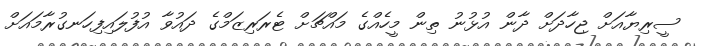
ސީރިޔާއަށް ޖިހާދަށް ދާން އުޅުނު ތިން މީހެއްގެ މައްޗަށް ޓެރަރިޒަމްގެ ދައުވާ އުފުލައިފިހަނގުރާމައަށް